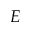
E